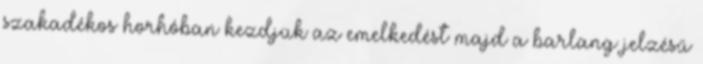
szakadékos horhóban kezdjük az emelkedést majd a barlang jelzésű